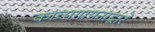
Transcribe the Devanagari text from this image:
काव्यगायनाद्वारे